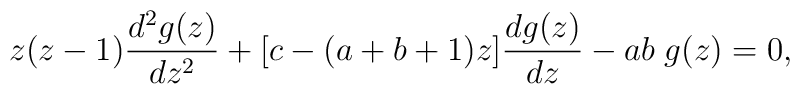
z(z-1)\frac{d^2g(z)}{dz^2}+[c-(a+b+1)z]\frac{dg(z)}{dz}-ab\;g(z)=0,